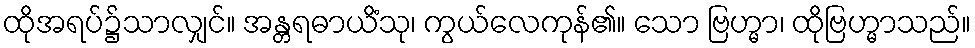
ထိုအရပ်၌သာလျှင်။ အန္တရဓာယိံသု၊ ကွယ်လေကုန်၏။ သော ဗြဟ္မာ၊ ထိုဗြဟ္မာသည်။